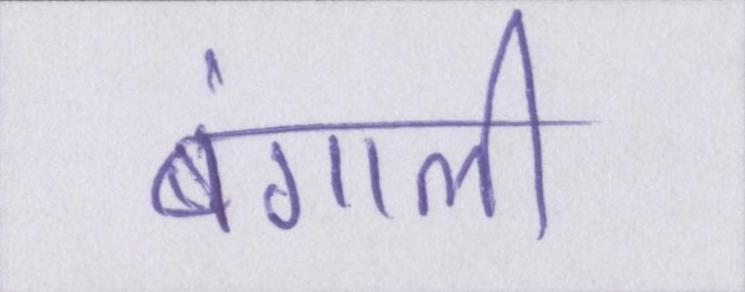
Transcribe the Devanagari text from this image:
बंगाली